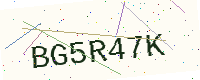
Text: BG5R47K